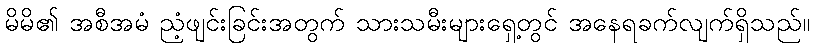
မိမိ၏ အစီအမံ ညံ့ဖျင်းခြင်းအတွက် သားသမီးများရှေ့တွင် အနေရခက်လျက်ရှိသည်။